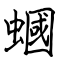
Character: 蟈